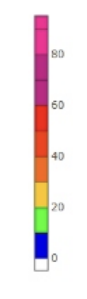
Blue: 0 to 10
Green: 10 to 20
Yellow: 20 to 30
Orange: 30 to 40
Dark Orange: 40 to 50
Red: 50 to 60
Magenta: 60 to 80
Pink: 80 to 95